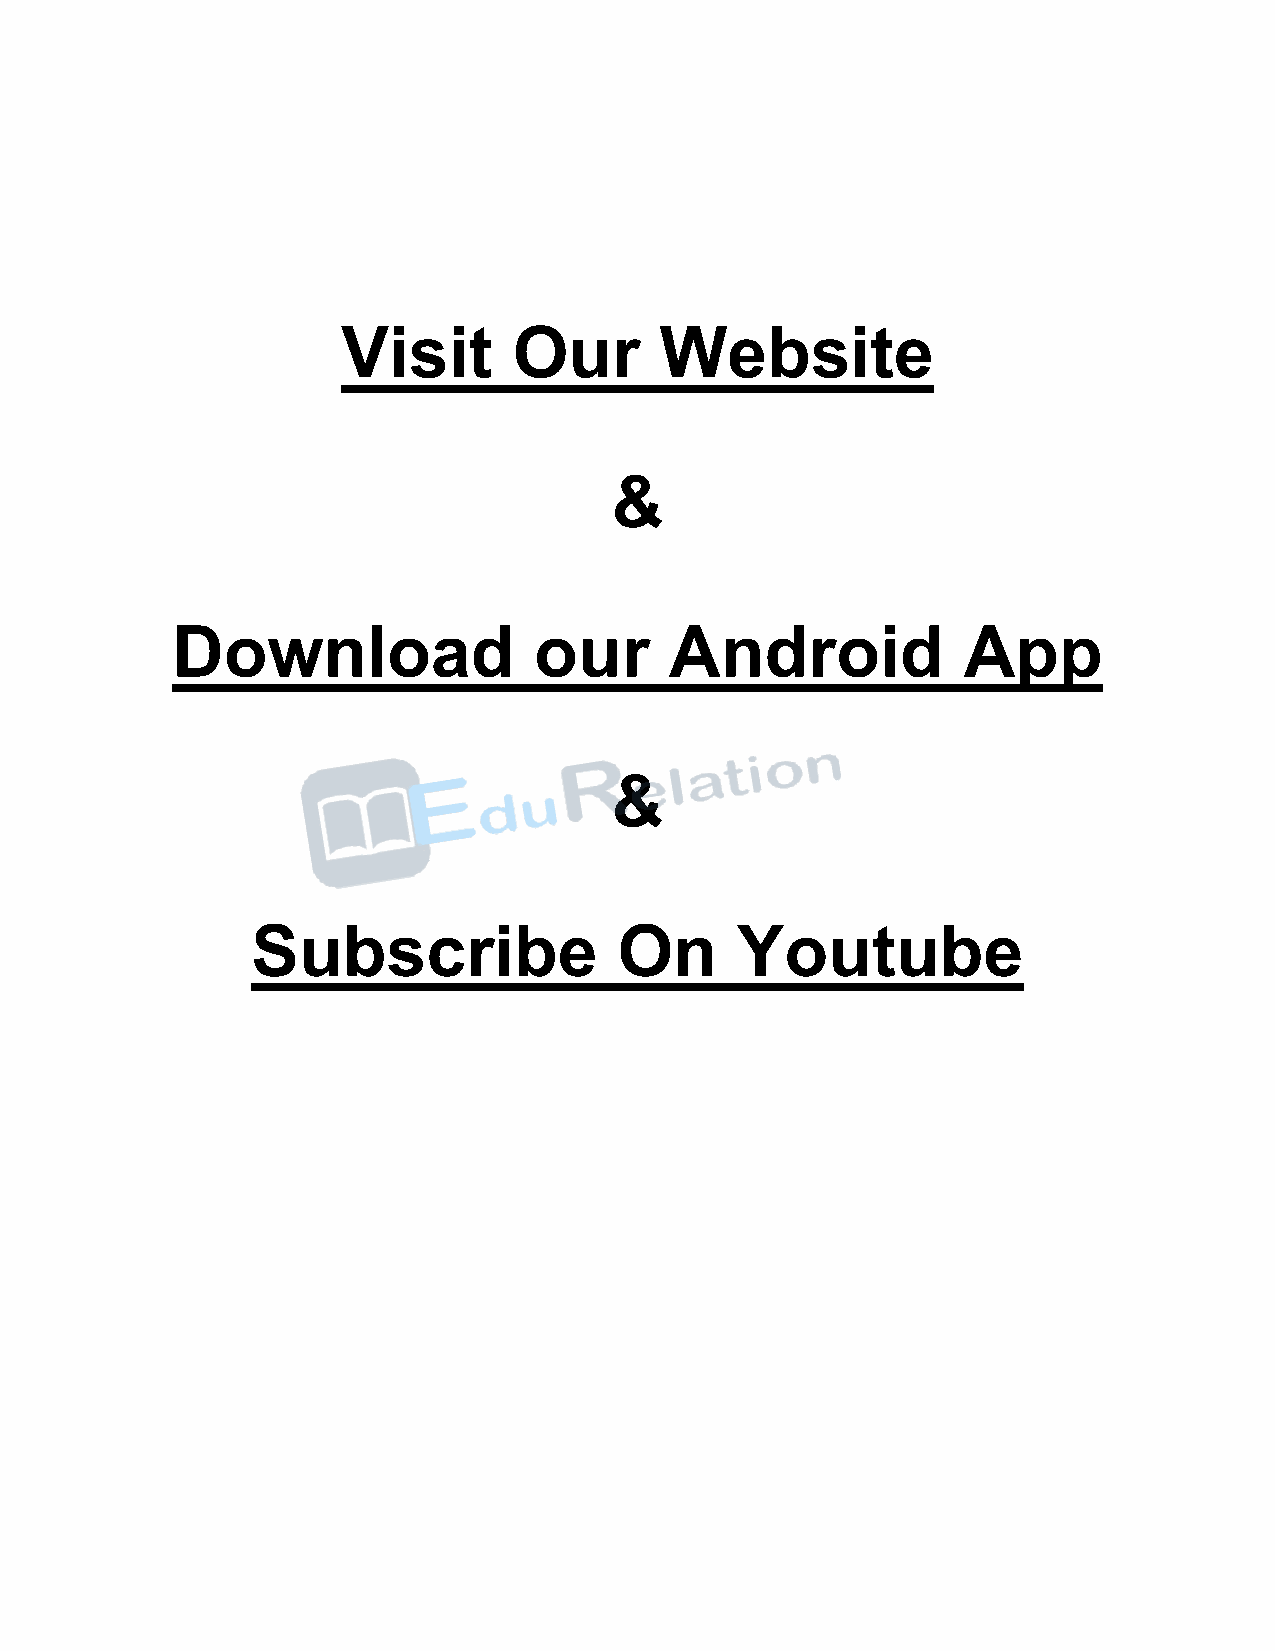
Visit      Our       Website
 &
 Download                our      Android             App
 &
 Subscribe               On      Youtube